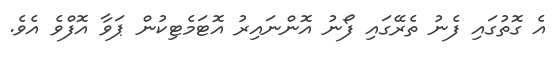
އެ ގޮތުގައި ފެނު ތެރޭގައި ފޯނު އޮންނައިރު އޮޓަމެޓިކުން ޕަވާ އޮފްވެ އެވެ.